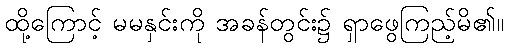
ထို့ကြောင့် မမနှင်းကို အခန်တွင်း၌ ရှာဖွေကြည့်မိ၏။